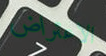
الاعتراض